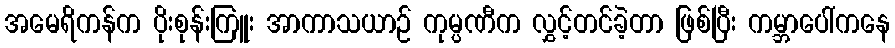
အမေရိကန်က ပိုးစုန်းကြူး အာကာသယာဉ် ကုမ္ပဏီက လွှင့်တင်ခဲ့တာ ဖြစ်ပြီး ကမ္ဘာပေါ်ကနေ